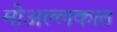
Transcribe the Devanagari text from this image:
मोअल्लकात